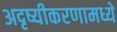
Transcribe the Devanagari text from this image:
अदृष्यीकरणामध्ये